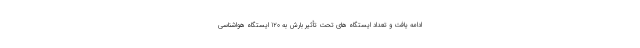
ادامه یافت و تعداد ایستگاه های تحت تأثیر بارش به 120 ایستگاه هواشناسی